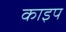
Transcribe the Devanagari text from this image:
काइप